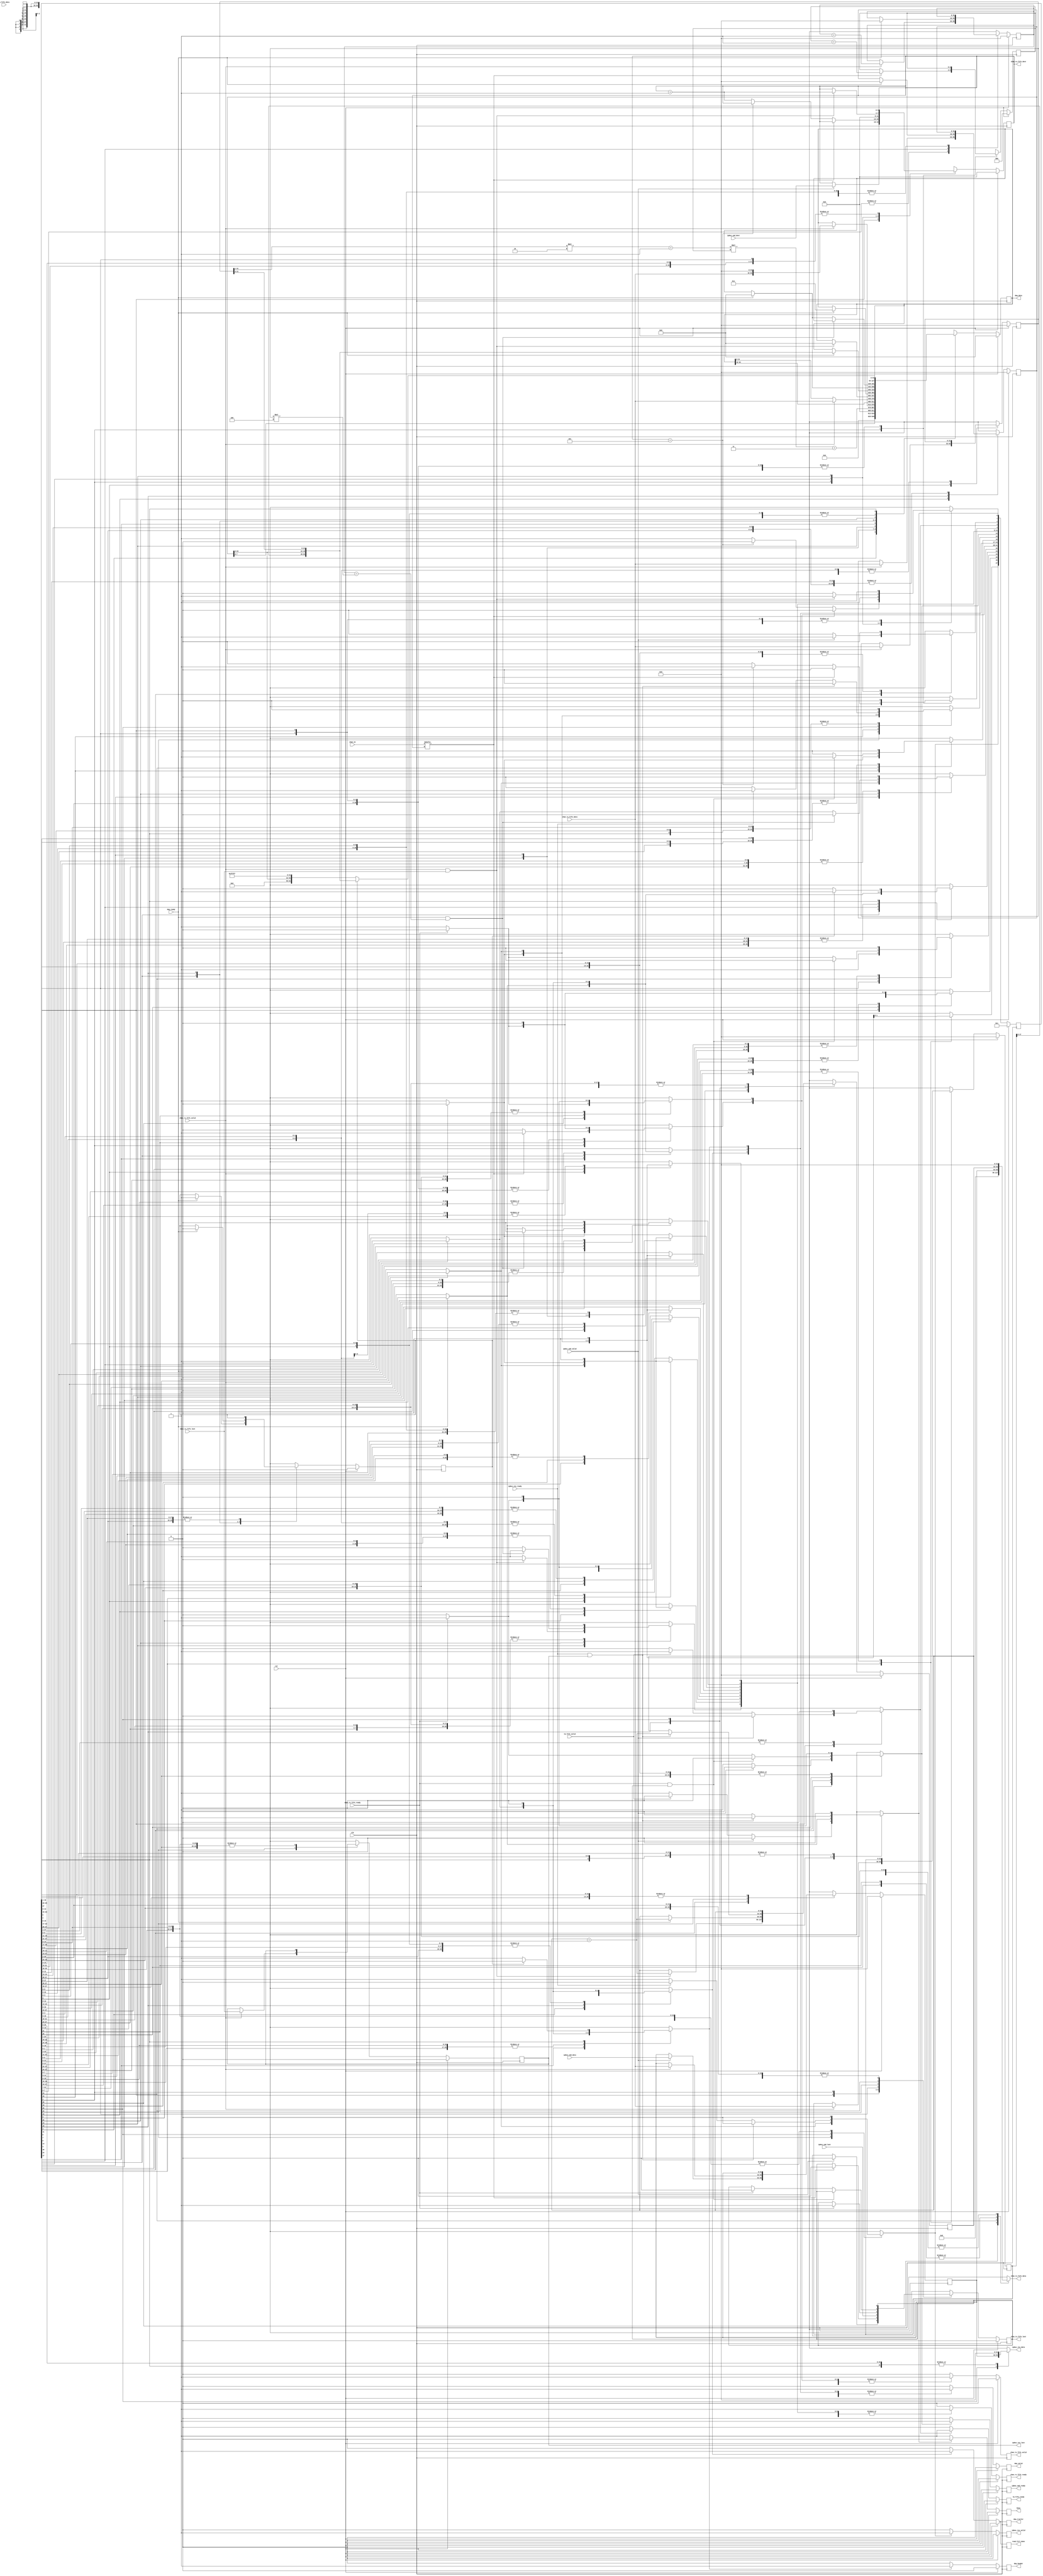
module commandManager (
  output reg busy,
  output reg chan_rx_fifo_ready,
  output reg [31:0] chan_tx_fifo_data,
  output reg [3:0] chan_tx_fifo_dest,
  output reg chan_tx_fifo_last,
  output reg chan_tx_fifo_valid,
  output reg [63:0] daq_data,
  output reg daq_header,
  output reg daq_trailer,
  output reg daq_valid,
  output reg ipbus_cmd_ready,
  output reg [31:0] ipbus_res_data,
  output reg ipbus_res_last,
  output reg ipbus_res_valid,
  output reg read_fill_done,
  output reg tm_fifo_ready,
  input wire [4:0] chan_en,
  input wire [31:0] chan_rx_fifo_data,
  input wire chan_rx_fifo_last,
  input wire chan_rx_fifo_valid,
  input wire chan_tx_fifo_ready,
  input wire clk,
  input wire daq_ready,
  input wire [31:0] ipbus_cmd_data,
  input wire [3:0] ipbus_cmd_dest,
  input wire ipbus_cmd_last,
  input wire ipbus_cmd_valid,
  input wire ipbus_res_ready,
  input wire rst,
  input wire [23:0] tm_fifo_data,
  input wire tm_fifo_valid 
);

  // state bits
  parameter 
  IDLE                        = 0, 
  CHECK_CHAN_EN               = 1, 
  CHECK_LAST                  = 2, 
  GET_TRIG_NUM                = 3, 
  READY_AMC13_TRAILER         = 4, 
  READ_CHAN_BURST_COUNT       = 5, 
  READ_CHAN_DATA1             = 6, 
  READ_CHAN_DATA2             = 7, 
  READ_CHAN_DDR_START_ADDR    = 8, 
  READ_CHAN_RC                = 9, 
  READ_CHAN_RSN               = 10, 
  READ_CHAN_TAG_AND_FILLTYPE  = 11, 
  READ_CHAN_TRIG_NUM          = 12, 
  READ_CHECKSUM               = 13, 
  READ_IPBUS_CMD              = 14, 
  READ_IPBUS_RES              = 15, 
  READ_IPBUS_RSN              = 16, 
  SEND_AMC13_HEADER1          = 17, 
  SEND_AMC13_HEADER2          = 18, 
  SEND_AMC13_TRAILER          = 19, 
  SEND_CHAN_CC                = 20, 
  SEND_CHAN_CSN               = 21, 
  SEND_CHAN_DATA              = 22, 
  SEND_CHAN_HEADER            = 23, 
  SEND_IPBUS_CMD              = 24, 
  SEND_IPBUS_CSN              = 25, 
  SEND_IPBUS_RES              = 26, 
  STORE_CHAN_TAG_AND_FILLTYPE = 27; 

  reg [27:0] state;
  reg [27:0] nextstate;
  reg [31:0] burst_count;
  reg [31:0] chan_num_buf;
  reg [31:0] chan_tag_filltype;
  reg [31:0] csn;
  reg [31:0] data_count;
  reg [31:0] ddr_start_addr;
  reg [31:0] ipbus_buf;
  reg [2:0] num_chan_en;
  reg sent_header;
  reg [31:0] trig_num_buf;
  reg [31:0] next_burst_count;
  reg [31:0] next_chan_num_buf;
  reg [31:0] next_chan_tag_filltype;
  reg [3:0] next_chan_tx_fifo_dest;
  reg next_chan_tx_fifo_last;
  reg [31:0] next_csn;
  reg [63:0] next_daq_data;
  reg [31:0] next_data_count;
  reg [31:0] next_ddr_start_addr;
  reg [31:0] next_ipbus_buf;
  reg next_ipbus_res_last;
  reg [2:0] next_num_chan_en;
  reg next_sent_header;
  reg [31:0] next_trig_num_buf;

  // comb always block
  always @* begin
    nextstate = 28'b0000000000000000000000000000;
    chan_tx_fifo_data[31:0] = 0; // default
    ipbus_res_data[31:0] = 0; // default
    next_burst_count[31:0] = burst_count[31:0];
    next_chan_num_buf[31:0] = chan_num_buf[31:0];
    next_chan_tag_filltype[31:0] = chan_tag_filltype[31:0];
    next_chan_tx_fifo_dest[3:0] = chan_tx_fifo_dest[3:0];
    next_chan_tx_fifo_last = chan_tx_fifo_last;
    next_csn[31:0] = csn[31:0];
    next_daq_data[63:0] = daq_data[63:0];
    next_data_count[31:0] = data_count[31:0];
    next_ddr_start_addr[31:0] = ddr_start_addr[31:0];
    next_ipbus_buf[31:0] = ipbus_buf[31:0];
    next_ipbus_res_last = ipbus_res_last;
    next_num_chan_en[2:0] = num_chan_en[2:0];
    next_sent_header = sent_header;
    next_trig_num_buf[31:0] = trig_num_buf[31:0];
    case (1'b1) // synopsys parallel_case full_case
      state[IDLE]                       : begin
        if (ipbus_cmd_valid) begin
          nextstate[SEND_IPBUS_CSN] = 1'b1;
          next_chan_tx_fifo_last = 0;
          next_chan_tx_fifo_dest[3:0] = ipbus_cmd_dest[3:0];
        end
        else if (tm_fifo_valid) begin
          nextstate[GET_TRIG_NUM] = 1'b1;
        end
        else begin
          nextstate[IDLE] = 1'b1; // Added because implied_loopback is true
        end
      end
      state[CHECK_CHAN_EN]              : begin
        if (chan_en[chan_tx_fifo_dest] == 1) begin
          nextstate[SEND_CHAN_CSN] = 1'b1;
          next_num_chan_en[2:0] = num_chan_en[2:0]+1;
          next_chan_tx_fifo_last = 0;
        end
        else if (chan_tx_fifo_dest[3:0]==4'h5) begin
          nextstate[READY_AMC13_TRAILER] = 1'b1;
        end
        else begin
          nextstate[CHECK_CHAN_EN] = 1'b1;
          next_chan_tx_fifo_dest[3:0] = chan_tx_fifo_dest[3:0]+1;
        end
      end
      state[CHECK_LAST]                 : begin
        begin
          nextstate[SEND_IPBUS_CMD] = 1'b1;
          next_chan_tx_fifo_last = ipbus_cmd_last;
        end
      end
      state[GET_TRIG_NUM]               : begin
        begin
          nextstate[CHECK_CHAN_EN] = 1'b1;
          next_chan_tx_fifo_dest[3:0] = 0;
        end
      end
      state[READY_AMC13_TRAILER]        : begin
        begin
          nextstate[SEND_AMC13_TRAILER] = 1'b1;
          next_daq_data[63:0] = {32'h00000000,{{trig_num_buf[7:0],4'h0},(burst_count[31:1]*2+1)*num_chan_en+3}};
        end
      end
      state[READ_CHAN_BURST_COUNT]      : begin
        if (chan_rx_fifo_valid) begin
          nextstate[READ_CHAN_TAG_AND_FILLTYPE] = 1'b1;
          next_burst_count[31:0] = chan_rx_fifo_data[31:0];
        end
        else begin
          nextstate[READ_CHAN_BURST_COUNT] = 1'b1; // Added because implied_loopback is true
        end
      end
      state[READ_CHAN_DATA1]            : begin
        if (chan_rx_fifo_valid) begin
          nextstate[READ_CHAN_DATA2] = 1'b1;
          next_data_count[31:0] = data_count[31:0]+1;
          next_daq_data[63:0] = {chan_rx_fifo_data[31:0],32'h00000000};
        end
        else begin
          nextstate[READ_CHAN_DATA1] = 1'b1; // Added because implied_loopback is true
        end
      end
      state[READ_CHAN_DATA2]            : begin
        if (chan_rx_fifo_valid) begin
          nextstate[SEND_CHAN_DATA] = 1'b1;
          next_data_count[31:0] = data_count[31:0]+1;
          next_daq_data[63:0] = {daq_data[63:32],chan_rx_fifo_data[31:0]};
        end
        else begin
          nextstate[READ_CHAN_DATA2] = 1'b1; // Added because implied_loopback is true
        end
      end
      state[READ_CHAN_DDR_START_ADDR]   : begin
        if (chan_rx_fifo_valid) begin
          nextstate[READ_CHAN_BURST_COUNT] = 1'b1;
          next_ddr_start_addr[31:0] = chan_rx_fifo_data[31:0];
        end
        else begin
          nextstate[READ_CHAN_DDR_START_ADDR] = 1'b1; // Added because implied_loopback is true
        end
      end
      state[READ_CHAN_RC]               : begin
        if (chan_rx_fifo_valid) begin
          nextstate[READ_CHAN_TRIG_NUM] = 1'b1;
        end
        else begin
          nextstate[READ_CHAN_RC] = 1'b1; // Added because implied_loopback is true
        end
      end
      state[READ_CHAN_RSN]              : begin
        if (chan_rx_fifo_valid) begin
          nextstate[READ_CHAN_RC] = 1'b1;
        end
        else begin
          nextstate[READ_CHAN_RSN] = 1'b1; // Added because implied_loopback is true
        end
      end
      state[READ_CHAN_TAG_AND_FILLTYPE] : begin
        if (chan_rx_fifo_valid) begin
          nextstate[STORE_CHAN_TAG_AND_FILLTYPE] = 1'b1;
          next_chan_tag_filltype[31:0] = chan_rx_fifo_data[31:0];
        end
        else begin
          nextstate[READ_CHAN_TAG_AND_FILLTYPE] = 1'b1; // Added because implied_loopback is true
        end
      end
      state[READ_CHAN_TRIG_NUM]         : begin
        if (chan_rx_fifo_valid) begin
          nextstate[READ_CHAN_DDR_START_ADDR] = 1'b1;
          next_trig_num_buf[31:0] = chan_rx_fifo_data[31:0];
        end
        else begin
          nextstate[READ_CHAN_TRIG_NUM] = 1'b1; // Added because implied_loopback is true
        end
      end
      state[READ_CHECKSUM]              : begin
        if (chan_rx_fifo_valid && chan_rx_fifo_last) begin
          nextstate[CHECK_CHAN_EN] = 1'b1;
          next_chan_tx_fifo_dest[3:0] = chan_tx_fifo_dest[3:0]+1;
          next_daq_data[63:0] = 0;
          next_csn[31:0] = csn[31:0]+1;
        end
        else begin
          nextstate[READ_CHECKSUM] = 1'b1; // Added because implied_loopback is true
        end
      end
      state[READ_IPBUS_CMD]             : begin
        if (ipbus_cmd_valid) begin
          nextstate[CHECK_LAST] = 1'b1;
          next_ipbus_buf[31:0] = ipbus_cmd_data[31:0];
        end
        else begin
          nextstate[READ_IPBUS_CMD] = 1'b1; // Added because implied_loopback is true
        end
      end
      state[READ_IPBUS_RES]             : begin
        if (chan_rx_fifo_valid) begin
          nextstate[SEND_IPBUS_RES] = 1'b1;
          next_ipbus_buf[31:0] = chan_rx_fifo_data[31:0];
          next_ipbus_res_last = chan_rx_fifo_last;
        end
        else begin
          nextstate[READ_IPBUS_RES] = 1'b1; // Added because implied_loopback is true
        end
      end
      state[READ_IPBUS_RSN]             : begin
        if (chan_rx_fifo_valid) begin
          nextstate[READ_IPBUS_RES] = 1'b1;
        end
        else begin
          nextstate[READ_IPBUS_RSN] = 1'b1; // Added because implied_loopback is true
        end
      end
      state[SEND_AMC13_HEADER1]         : begin
        if (daq_ready) begin
          nextstate[SEND_AMC13_HEADER2] = 1'b1;
          next_daq_data[63:0] = 64'h0000000000000001;
        end
        else begin
          nextstate[SEND_AMC13_HEADER1] = 1'b1; // Added because implied_loopback is true
        end
      end
      state[SEND_AMC13_HEADER2]         : begin
        if (daq_ready) begin
          nextstate[SEND_CHAN_HEADER] = 1'b1;
          next_daq_data[63:0] = {chan_tag_filltype[17:0],{trig_num_buf[23:0],burst_count[21:0]}};
          next_sent_header = 1;
        end
        else begin
          nextstate[SEND_AMC13_HEADER2] = 1'b1; // Added because implied_loopback is true
        end
      end
      state[SEND_AMC13_TRAILER]         : begin
        if (daq_ready) begin
          nextstate[IDLE] = 1'b1;
          next_trig_num_buf[31:0] = 0;
          next_csn[31:0] = csn[31:0]+1;
          next_daq_data[63:0] = 0;
          next_sent_header = 0;
          next_chan_num_buf[31:0] = 0;
        end
        else begin
          nextstate[SEND_AMC13_TRAILER] = 1'b1; // Added because implied_loopback is true
        end
      end
      state[SEND_CHAN_CC]               : begin
        chan_tx_fifo_data[31:0] = 32'h8;
        if (chan_tx_fifo_ready) begin
          nextstate[READ_CHAN_RSN] = 1'b1;
        end
        else begin
          nextstate[SEND_CHAN_CC] = 1'b1; // Added because implied_loopback is true
        end
      end
      state[SEND_CHAN_CSN]              : begin
        chan_tx_fifo_data[31:0] = csn[31:0];
        if (chan_tx_fifo_ready) begin
          nextstate[SEND_CHAN_CC] = 1'b1;
          next_chan_tx_fifo_last = 1;
        end
        else begin
          nextstate[SEND_CHAN_CSN] = 1'b1; // Added because implied_loopback is true
        end
      end
      state[SEND_CHAN_DATA]             : begin
        if (daq_ready && data_count[31:0] == burst_count[31:0]*4) begin
          nextstate[READ_CHECKSUM] = 1'b1;
        end
        else if (daq_ready) begin
          nextstate[READ_CHAN_DATA1] = 1'b1;
          next_daq_data[63:0] = 0;
        end
        else begin
          nextstate[SEND_CHAN_DATA] = 1'b1; // Added because implied_loopback is true
        end
      end
      state[SEND_CHAN_HEADER]           : begin
        if (daq_ready) begin
          nextstate[READ_CHAN_DATA1] = 1'b1;
          next_data_count[31:0] = 0;
        end
        else begin
          nextstate[SEND_CHAN_HEADER] = 1'b1; // Added because implied_loopback is true
        end
      end
      state[SEND_IPBUS_CMD]             : begin
        chan_tx_fifo_data[31:0] = ipbus_buf[31:0];
        if (chan_tx_fifo_ready && chan_tx_fifo_last) begin
          nextstate[READ_IPBUS_RSN] = 1'b1;
        end
        else if (chan_tx_fifo_ready) begin
          nextstate[READ_IPBUS_CMD] = 1'b1;
          next_chan_tx_fifo_last = 0;
        end
        else begin
          nextstate[SEND_IPBUS_CMD] = 1'b1; // Added because implied_loopback is true
        end
      end
      state[SEND_IPBUS_CSN]             : begin
        chan_tx_fifo_data[31:0] = csn[31:0];
        if (chan_tx_fifo_ready) begin
          nextstate[READ_IPBUS_CMD] = 1'b1;
        end
        else begin
          nextstate[SEND_IPBUS_CSN] = 1'b1; // Added because implied_loopback is true
        end
      end
      state[SEND_IPBUS_RES]             : begin
        ipbus_res_data[31:0] = ipbus_buf[31:0];
        if (ipbus_res_ready && ipbus_res_last) begin
          nextstate[IDLE] = 1'b1;
          next_csn[31:0] = csn[31:0]+1;
        end
        else if (ipbus_res_ready) begin
          nextstate[READ_IPBUS_RES] = 1'b1;
        end
        else begin
          nextstate[SEND_IPBUS_RES] = 1'b1; // Added because implied_loopback is true
        end
      end
      state[STORE_CHAN_TAG_AND_FILLTYPE]: begin
        if (!sent_header) begin
          nextstate[SEND_AMC13_HEADER1] = 1'b1;
          next_daq_data[63:0] = {{8'h00,trig_num_buf[23:0]},{12'h000,20'b11111111111111111111}};
        end
        else begin
          nextstate[SEND_CHAN_HEADER] = 1'b1;
          next_daq_data[63:0] = {chan_tag_filltype[17:0],{trig_num_buf[23:0],burst_count[21:0]}};
        end
      end
    endcase
  end

  // sequential always block
  always @(posedge clk) begin
    if (rst) begin
      state <= 28'b0000000000000000000000000001 << IDLE;
      burst_count[31:0] <= 0;
      chan_num_buf[31:0] <= 0;
      chan_tag_filltype[31:0] <= 0;
      chan_tx_fifo_dest[3:0] <= 0;
      chan_tx_fifo_last <= 0;
      csn[31:0] <= 0;
      daq_data[63:0] <= 0;
      data_count[31:0] <= 0;
      ddr_start_addr[31:0] <= 0;
      ipbus_buf[31:0] <= 0;
      ipbus_res_last <= 0;
      num_chan_en[2:0] <= 0;
      sent_header <= 0;
      trig_num_buf[31:0] <= 0;
      end
    else begin
      state <= nextstate;
      burst_count[31:0] <= next_burst_count[31:0];
      chan_num_buf[31:0] <= next_chan_num_buf[31:0];
      chan_tag_filltype[31:0] <= next_chan_tag_filltype[31:0];
      chan_tx_fifo_dest[3:0] <= next_chan_tx_fifo_dest[3:0];
      chan_tx_fifo_last <= next_chan_tx_fifo_last;
      csn[31:0] <= next_csn[31:0];
      daq_data[63:0] <= next_daq_data[63:0];
      data_count[31:0] <= next_data_count[31:0];
      ddr_start_addr[31:0] <= next_ddr_start_addr[31:0];
      ipbus_buf[31:0] <= next_ipbus_buf[31:0];
      ipbus_res_last <= next_ipbus_res_last;
      num_chan_en[2:0] <= next_num_chan_en[2:0];
      sent_header <= next_sent_header;
      trig_num_buf[31:0] <= next_trig_num_buf[31:0];
      end
  end

  // datapath sequential always block
  always @(posedge clk) begin
    if (rst) begin
      busy <= 0;
      chan_rx_fifo_ready <= 0;
      chan_tx_fifo_valid <= 0;
      daq_header <= 0;
      daq_trailer <= 0;
      daq_valid <= 0;
      ipbus_cmd_ready <= 0;
      ipbus_res_valid <= 0;
      read_fill_done <= 0;
      tm_fifo_ready <= 0;
    end
    else begin
      busy <= 1; // default
      chan_rx_fifo_ready <= 0; // default
      chan_tx_fifo_valid <= 0; // default
      daq_header <= 0; // default
      daq_trailer <= 0; // default
      daq_valid <= 0; // default
      ipbus_cmd_ready <= 0; // default
      ipbus_res_valid <= 0; // default
      read_fill_done <= 0; // default
      tm_fifo_ready <= 0; // default
      case (1'b1) // synopsys parallel_case full_case
        nextstate[IDLE]                       : begin
          busy <= 0;
        end
        nextstate[CHECK_CHAN_EN]              : begin
          ; // case must be complete for onehot
        end
        nextstate[CHECK_LAST]                 : begin
          ; // case must be complete for onehot
        end
        nextstate[GET_TRIG_NUM]               : begin
          tm_fifo_ready <= 1;
        end
        nextstate[READY_AMC13_TRAILER]        : begin
          ; // case must be complete for onehot
        end
        nextstate[READ_CHAN_BURST_COUNT]      : begin
          chan_rx_fifo_ready <= 1;
        end
        nextstate[READ_CHAN_DATA1]            : begin
          chan_rx_fifo_ready <= 1;
        end
        nextstate[READ_CHAN_DATA2]            : begin
          chan_rx_fifo_ready <= 1;
        end
        nextstate[READ_CHAN_DDR_START_ADDR]   : begin
          chan_rx_fifo_ready <= 1;
        end
        nextstate[READ_CHAN_RC]               : begin
          chan_rx_fifo_ready <= 1;
        end
        nextstate[READ_CHAN_RSN]              : begin
          chan_rx_fifo_ready <= 1;
        end
        nextstate[READ_CHAN_TAG_AND_FILLTYPE] : begin
          chan_rx_fifo_ready <= 1;
        end
        nextstate[READ_CHAN_TRIG_NUM]         : begin
          chan_rx_fifo_ready <= 1;
        end
        nextstate[READ_CHECKSUM]              : begin
          chan_rx_fifo_ready <= 1;
        end
        nextstate[READ_IPBUS_CMD]             : begin
          ipbus_cmd_ready <= 1;
        end
        nextstate[READ_IPBUS_RES]             : begin
          chan_rx_fifo_ready <= 1;
        end
        nextstate[READ_IPBUS_RSN]             : begin
          chan_rx_fifo_ready <= 1;
        end
        nextstate[SEND_AMC13_HEADER1]         : begin
          daq_header <= 1;
          daq_valid <= 1;
        end
        nextstate[SEND_AMC13_HEADER2]         : begin
          daq_valid <= 1;
        end
        nextstate[SEND_AMC13_TRAILER]         : begin
          daq_trailer <= 1;
          daq_valid <= 1;
          read_fill_done <= 1;
        end
        nextstate[SEND_CHAN_CC]               : begin
          chan_tx_fifo_valid <= 1;
        end
        nextstate[SEND_CHAN_CSN]              : begin
          chan_tx_fifo_valid <= 1;
        end
        nextstate[SEND_CHAN_DATA]             : begin
          daq_valid <= 1;
        end
        nextstate[SEND_CHAN_HEADER]           : begin
          daq_valid <= 1;
        end
        nextstate[SEND_IPBUS_CMD]             : begin
          chan_tx_fifo_valid <= 1;
        end
        nextstate[SEND_IPBUS_CSN]             : begin
          chan_tx_fifo_valid <= 1;
        end
        nextstate[SEND_IPBUS_RES]             : begin
          ipbus_res_valid <= 1;
        end
        nextstate[STORE_CHAN_TAG_AND_FILLTYPE]: begin
          ; // case must be complete for onehot
        end
      endcase
    end
  end

  // This code allows you to see state names in simulation
  `ifndef SYNTHESIS
  reg [215:0] statename;
  always @* begin
    case (1'b1)
      state[IDLE]                       :
        statename = "IDLE";
      state[CHECK_CHAN_EN]              :
        statename = "CHECK_CHAN_EN";
      state[CHECK_LAST]                 :
        statename = "CHECK_LAST";
      state[GET_TRIG_NUM]               :
        statename = "GET_TRIG_NUM";
      state[READY_AMC13_TRAILER]        :
        statename = "READY_AMC13_TRAILER";
      state[READ_CHAN_BURST_COUNT]      :
        statename = "READ_CHAN_BURST_COUNT";
      state[READ_CHAN_DATA1]            :
        statename = "READ_CHAN_DATA1";
      state[READ_CHAN_DATA2]            :
        statename = "READ_CHAN_DATA2";
      state[READ_CHAN_DDR_START_ADDR]   :
        statename = "READ_CHAN_DDR_START_ADDR";
      state[READ_CHAN_RC]               :
        statename = "READ_CHAN_RC";
      state[READ_CHAN_RSN]              :
        statename = "READ_CHAN_RSN";
      state[READ_CHAN_TAG_AND_FILLTYPE] :
        statename = "READ_CHAN_TAG_AND_FILLTYPE";
      state[READ_CHAN_TRIG_NUM]         :
        statename = "READ_CHAN_TRIG_NUM";
      state[READ_CHECKSUM]              :
        statename = "READ_CHECKSUM";
      state[READ_IPBUS_CMD]             :
        statename = "READ_IPBUS_CMD";
      state[READ_IPBUS_RES]             :
        statename = "READ_IPBUS_RES";
      state[READ_IPBUS_RSN]             :
        statename = "READ_IPBUS_RSN";
      state[SEND_AMC13_HEADER1]         :
        statename = "SEND_AMC13_HEADER1";
      state[SEND_AMC13_HEADER2]         :
        statename = "SEND_AMC13_HEADER2";
      state[SEND_AMC13_TRAILER]         :
        statename = "SEND_AMC13_TRAILER";
      state[SEND_CHAN_CC]               :
        statename = "SEND_CHAN_CC";
      state[SEND_CHAN_CSN]              :
        statename = "SEND_CHAN_CSN";
      state[SEND_CHAN_DATA]             :
        statename = "SEND_CHAN_DATA";
      state[SEND_CHAN_HEADER]           :
        statename = "SEND_CHAN_HEADER";
      state[SEND_IPBUS_CMD]             :
        statename = "SEND_IPBUS_CMD";
      state[SEND_IPBUS_CSN]             :
        statename = "SEND_IPBUS_CSN";
      state[SEND_IPBUS_RES]             :
        statename = "SEND_IPBUS_RES";
      state[STORE_CHAN_TAG_AND_FILLTYPE]:
        statename = "STORE_CHAN_TAG_AND_FILLTYPE";
      default                    :
        statename = "XXXXXXXXXXXXXXXXXXXXXXXXXXX";
    endcase
  end
  `endif

endmodule